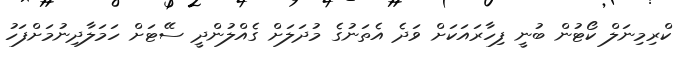
ކްރިމިނަލް ކޯޓުން ބުނީ ފިހާރައަކަށް ވަދެ އެތަނުގެ މުދަލަށް ގެއްލުންދީ ސޭޓަށް ހަމަލާދިނުމަށްފަހު